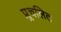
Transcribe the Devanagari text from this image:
प्र्र्रचलित